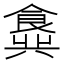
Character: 𬲖